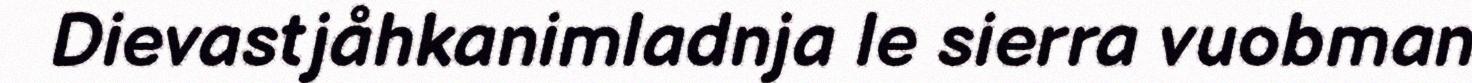
Dievastjåhkanimladnja le sierra vuobman